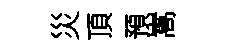
災頂預嵩